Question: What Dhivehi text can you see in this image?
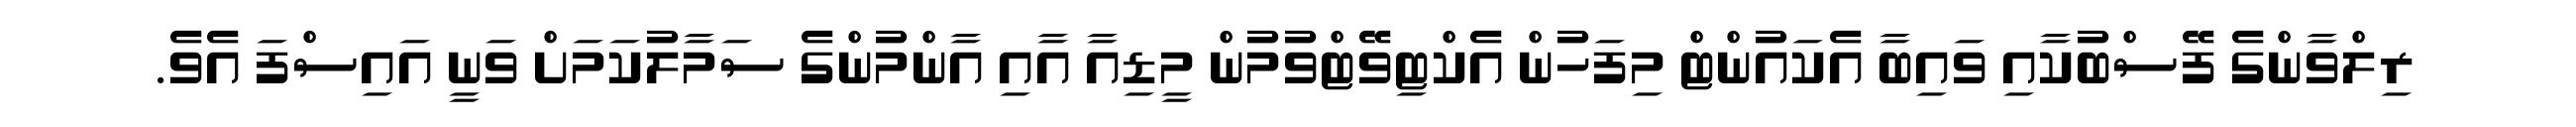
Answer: ރިލްވާންގެ ފޭސްބުކާއި ވައިބާ އެކައުންޓް މިފަހުން އެކްޓިވޭޓްވުމުން މީޑިއާ އާއި އާންމުންގެ ސަމާލުކަމަށް ވަނީ އައިސްފަ އެވެ.